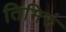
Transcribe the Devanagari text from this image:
तिमिरु